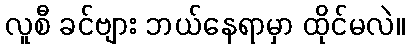
လူစီ ခင်ဗျား ဘယ်နေရာမှာ ထိုင်မလဲ။